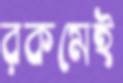
রকমেই